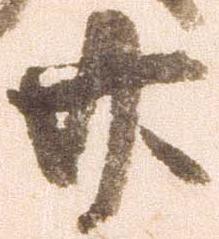
廿